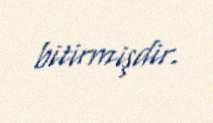
bitirmişdir.